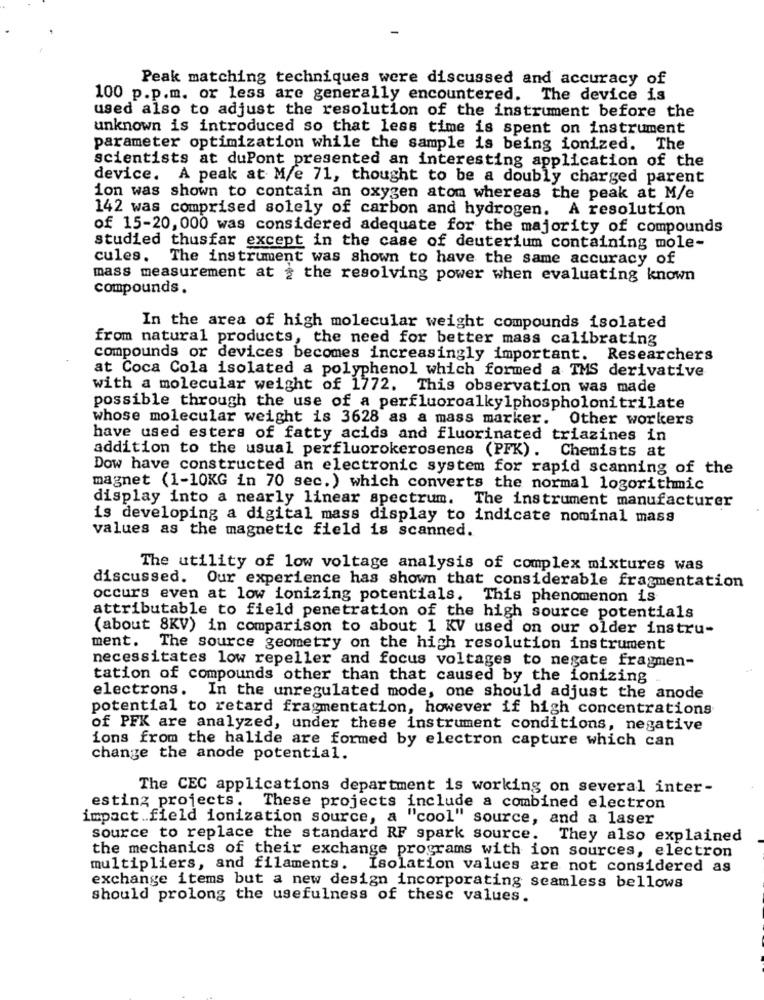
Peak matching techniques were discussed and accuracy of
100 p.p.m. or less are generally encountered. The device is
used also to adjust the resolution of the instrument before the
unknown is introduced so that less time is spent on instrument
parameter optimization while the sample is being ionized.
The
scientists at duPont presented an interesting application of the
device. A peak at M/e 71, thought to be a doubly charged parent
ion was shown to contain an oxygen atom whereas the peak at M/e
142 was comprised solely of carbon and hydrogen. A resolution
of 15-20, 000 was considered adequate for the majority of compounds
studied thusfar except in the case of deuterium containing mole-
cules.
The instrument was shown to have the same accuracy of
mass measurement at ¿ the resolving power when evaluating known
compounds.
In the area of high molecular weight compounds isolated
from natural products, the need for better mass calibrating
compounds or devices becomes increasingly important. Researchers
at Coca Cola isolated a polyphenol which formed a TMS derivative
with a molecular weight of 1772. This observation was made
possible through the use of a perfluoroalkylphospholonitrilate
whose molecular weight is 3628 as a mass marker. Other workers
have used esters of fatty acids and fluorinated triazines in
addition to the usual perfluorokerosenes (PFK). Chemists at
Dow have constructed an electronic system for rapid scanning of the
magnet (1-10KG in 70 sec.) which converts the normal logorithmic
display into a nearly linear spectrum. The instrument manufacturer
is developing a digital mass display to indicate nominal mass
values as the magnetic field is scanned.
The utility of low voltage analysis of complex mixtures was
discussed. Our experience has shown that considerable fragmentation
occurs even at low ionizing potentials. This phenomenon is
attributable to field penetration of the high source potentials
(about 8KV) in comparison to about 1 KV used on our older instru-
ment. The source geometry on the high resolution instrument
necessitates low repeller and focus voltages to negate fragmen-
tation of compounds other than that caused by the ionizing
electrons. In the unregulated mode, one should adjust the anode
potential to retard fragmentation, however if high concentrations
of PFK are analyzed, under these instrument conditions, negative
ions from the halide are formed by electron capture which can
change the anode potential.
The CEC applications department is working on several inter-
esting projects.
These projects include a combined electron
impact .. field ionization source, a "cool" source, and a laser
source to replace the standard RF spark source.
They also explained
the mechanics of their exchange programs with ion sources, electron
multipliers, and filaments.
Isolation values are not considered as
exchange items but a new design incorporating seamless bellows
should prolong the usefulness of these values.